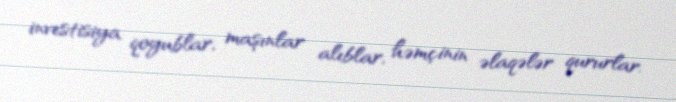
investisiya qoyublar, maşınlar alıblar, həmçinin əlaqələr qururlar.